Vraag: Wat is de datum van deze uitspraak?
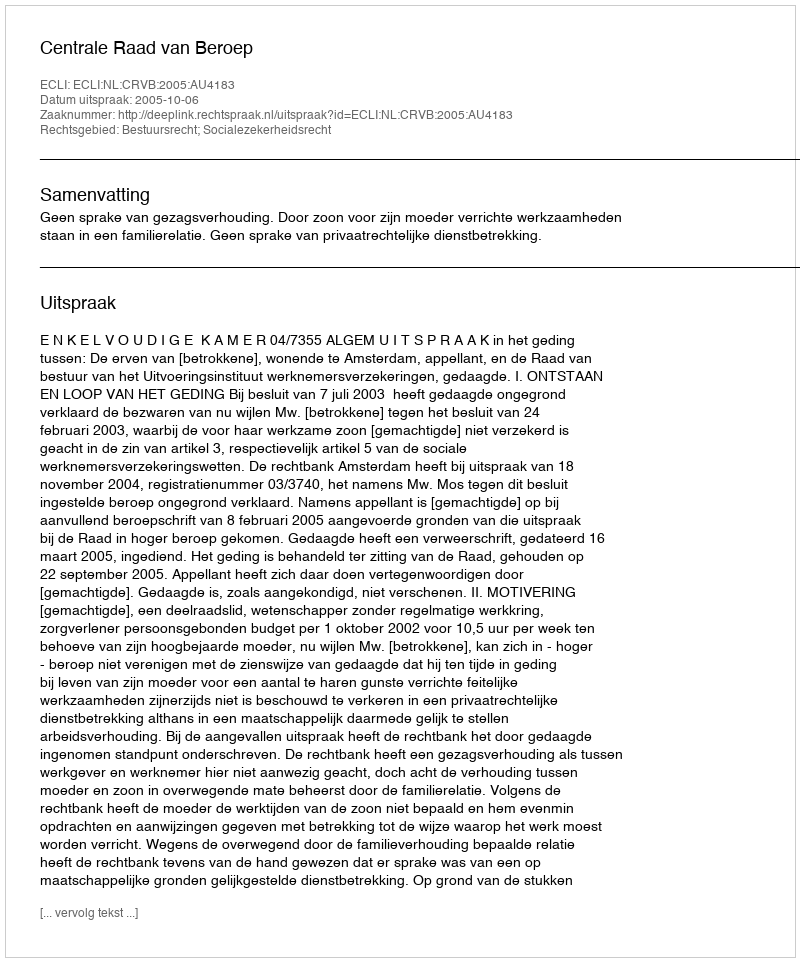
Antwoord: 2005-10-06